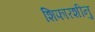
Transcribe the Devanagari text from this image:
शिफारशीनु